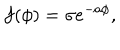
f ( \phi ) = \sigma e ^ { - a \phi } ,